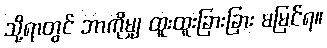
သို့ရာတွင် ဘာကိုမျှ ထူးထူးခြားခြား မမြင်ရ။